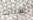
اشيائك